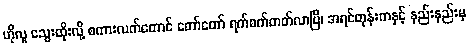
ဟိုလူ သွေးထိုးလို့ စကားလက်တောင် တော်တော် ရက်စက်တတ်လာပြီ၊ အရင်တုန်းကနှင့် နည်းနည်းမှ